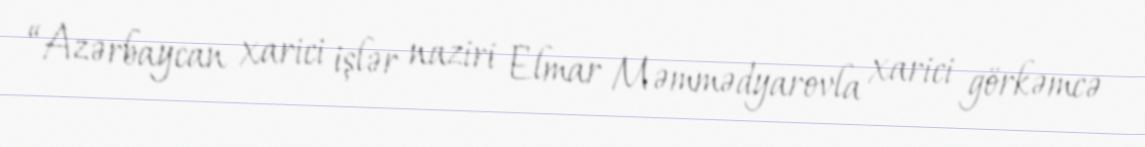
“Azərbaycan xarici işlər naziri Elmar Məmmədyarovla xarici görkəmcə